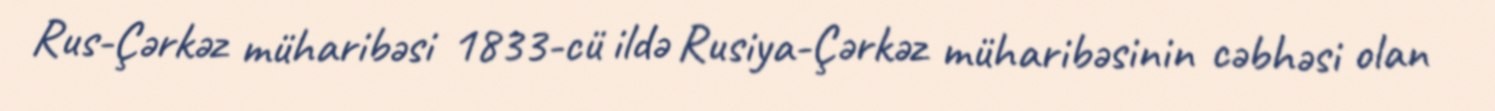
Rus-Çərkəz müharibəsi 1833-cü ildə Rusiya-Çərkəz müharibəsinin cəbhəsi olan